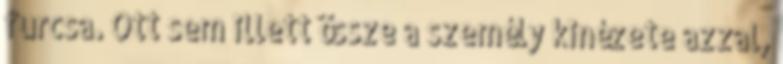
furcsa. Ott sem illett össze a személy kinézete azzal,